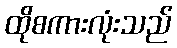
ထိုစကားလုံးသည်